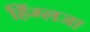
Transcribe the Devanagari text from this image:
हिंग्लजा